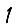
Digit: 1